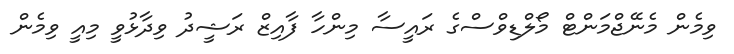
ވިމެން މެނޭޖްމަންޓް މޯލްޑިވްސްގެ ރައީސާ މިންހާ ފާއިޒް ރަޝީދު ވިދާޅުވީ މިއީ ވިމެން